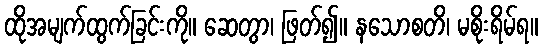
ထိုအမျက်ထွက်ခြင်းကို။ ဆေတွာ၊ ဖြတ်၍။ နသောစတိ၊ မစိုးရိမ်ရ။